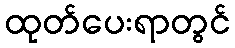
ထုတ်ပေးရာတွင်